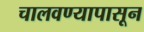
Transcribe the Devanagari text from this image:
चालवण्यापासून